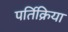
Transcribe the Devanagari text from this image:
पर्तिक्रिया